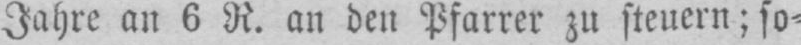
Jahre an 6 R. an den Pfarrer zu steuern: so⸗